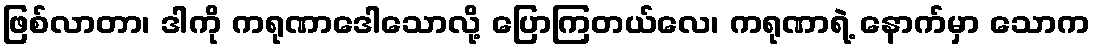
ဖြစ်လာတာ၊ ဒါကို ကရုဏာဒေါသောလို့ ပြောကြတယ်လေ၊ ကရုဏာရဲ့ နောက်မှာ သောက